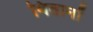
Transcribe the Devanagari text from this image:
वितानों